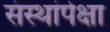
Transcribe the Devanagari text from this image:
संस्थांपेक्षा